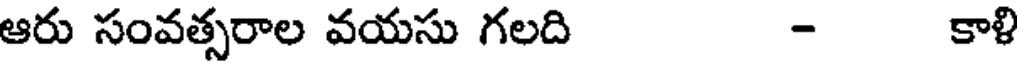
ఆరు సంవత్సరాల వయసు గలది - కాళి